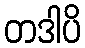
တဒါပိ